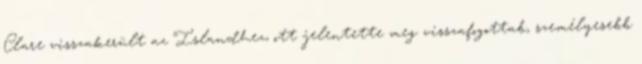
Clare visszakerült az Islandhez, ott jelentette meg visszafogottab, személyesebb